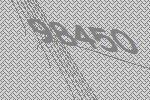
98450